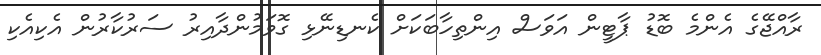
ރާއްޖޭގެ އެންމެ ބޮޑު ޕާޓީން އަވަސް އިންތިހާބަކަށް ކެނޑިނޭޅި ގޮވަމުންދާއިރު ސަރުކާރުން އެކިއެކި